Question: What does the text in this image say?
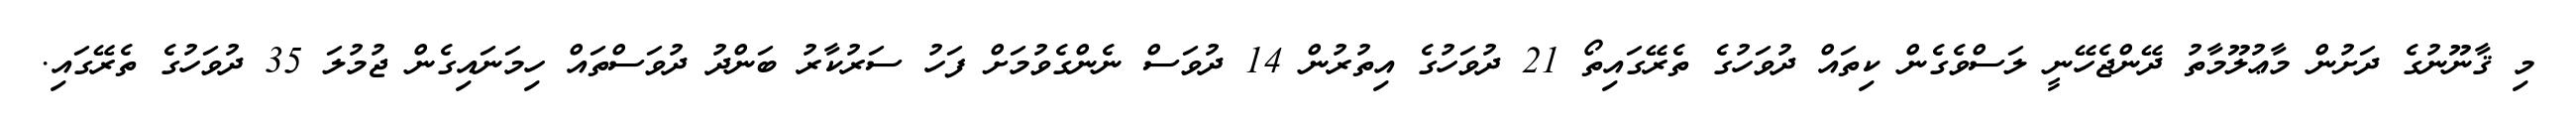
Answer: މި ޤާނޫނުގެ ދަށުން މާޢުލޫމާތު ދޭންޖެހޭނީ ލަސްވެގެން ކިތައް ދުވަހުގެ ތެރޭގައިތޯ 21 ދުވަހުގެ އިތުރުން 14 ދުވަސް ނެންގެވުމަށް ފަހު ސަރުކާރު ބަންދު ދުވަސްތައް ހިމަނައިގެން ޖުމުލަ 35 ދުވަހުގެ ތެރޭގައި.